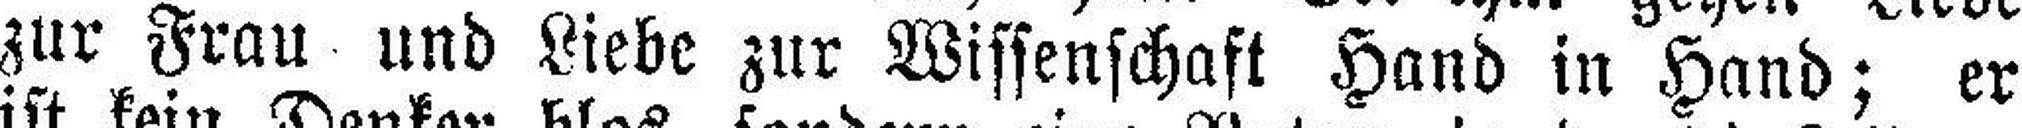
zur Frau und Liebe zur Wissenschaft Hand in Hand; er